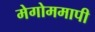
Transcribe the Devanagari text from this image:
मेगोममापी